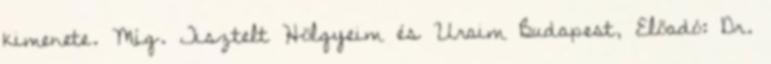
kimenete. Míg. Tisztelt Hölgyeim és Uraim Budapest, Előadó: Dr.